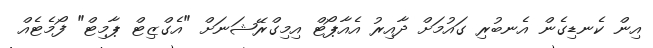
އިން ކެނޑިގެން އެނބުރި ގައުމަށް ދާއިރު އެއާޕޯޓް އިމިގްރޭޝަނަށް "އެގްޒިޓް ޕާމިޓް" ފޯމެޓެއް